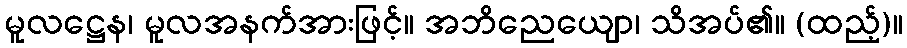
မူလဋ္ဌေန၊ မူလအနက်အားဖြင့်။ အဘိညေယျော၊ သိအပ်၏။ (ထည့်)။